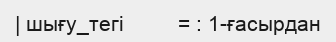
| шығу_тегі         = : 1-ғасырдан